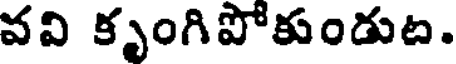
వవి కృంగిపోకుండుట.